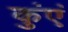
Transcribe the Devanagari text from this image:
कुंएं